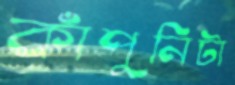
কাঁপুনিটা